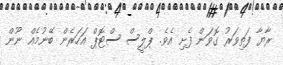
ރާޔާ ފަތިވަރު ގޮވަން ފެށި އެވެ. ޕްލީސް ސްޓޮޕް އަހަރެން ބޭނުމެއް ނޫން